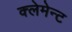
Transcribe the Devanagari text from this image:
क्लेमेन्ट